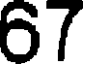
67